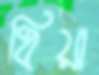
ধিয়া